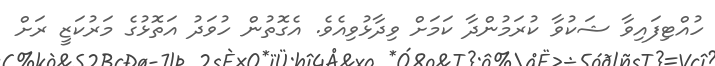
ހުއްޓިފައިވާ ޝަކުވާ ކުރަމުންދާ ކަމަށް ވިދާޅުވިއެވެ. އެގޮތުން ހުވަދު އަތޮޅުގެ މަރުކަޒީ ރަށް